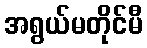
အရွယ်မတိုင်မီ